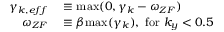
\begin{array} { r l } { \gamma _ { k , e f f } } & { { } \equiv \mathrm { m a x } ( 0 , \gamma _ { k } - \omega _ { Z F } ) } \\ { \omega _ { Z F } } & { { } \equiv \beta \mathrm { m a x } ( \gamma _ { k } ) , ~ \mathrm { f o r } ~ k _ { y } < 0 . 5 } \end{array}